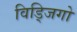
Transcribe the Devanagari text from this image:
विड्जिगो